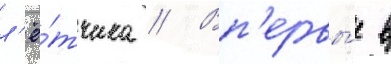
л'ё́тчика // Вп'ервы́е в